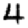
Digit: 4